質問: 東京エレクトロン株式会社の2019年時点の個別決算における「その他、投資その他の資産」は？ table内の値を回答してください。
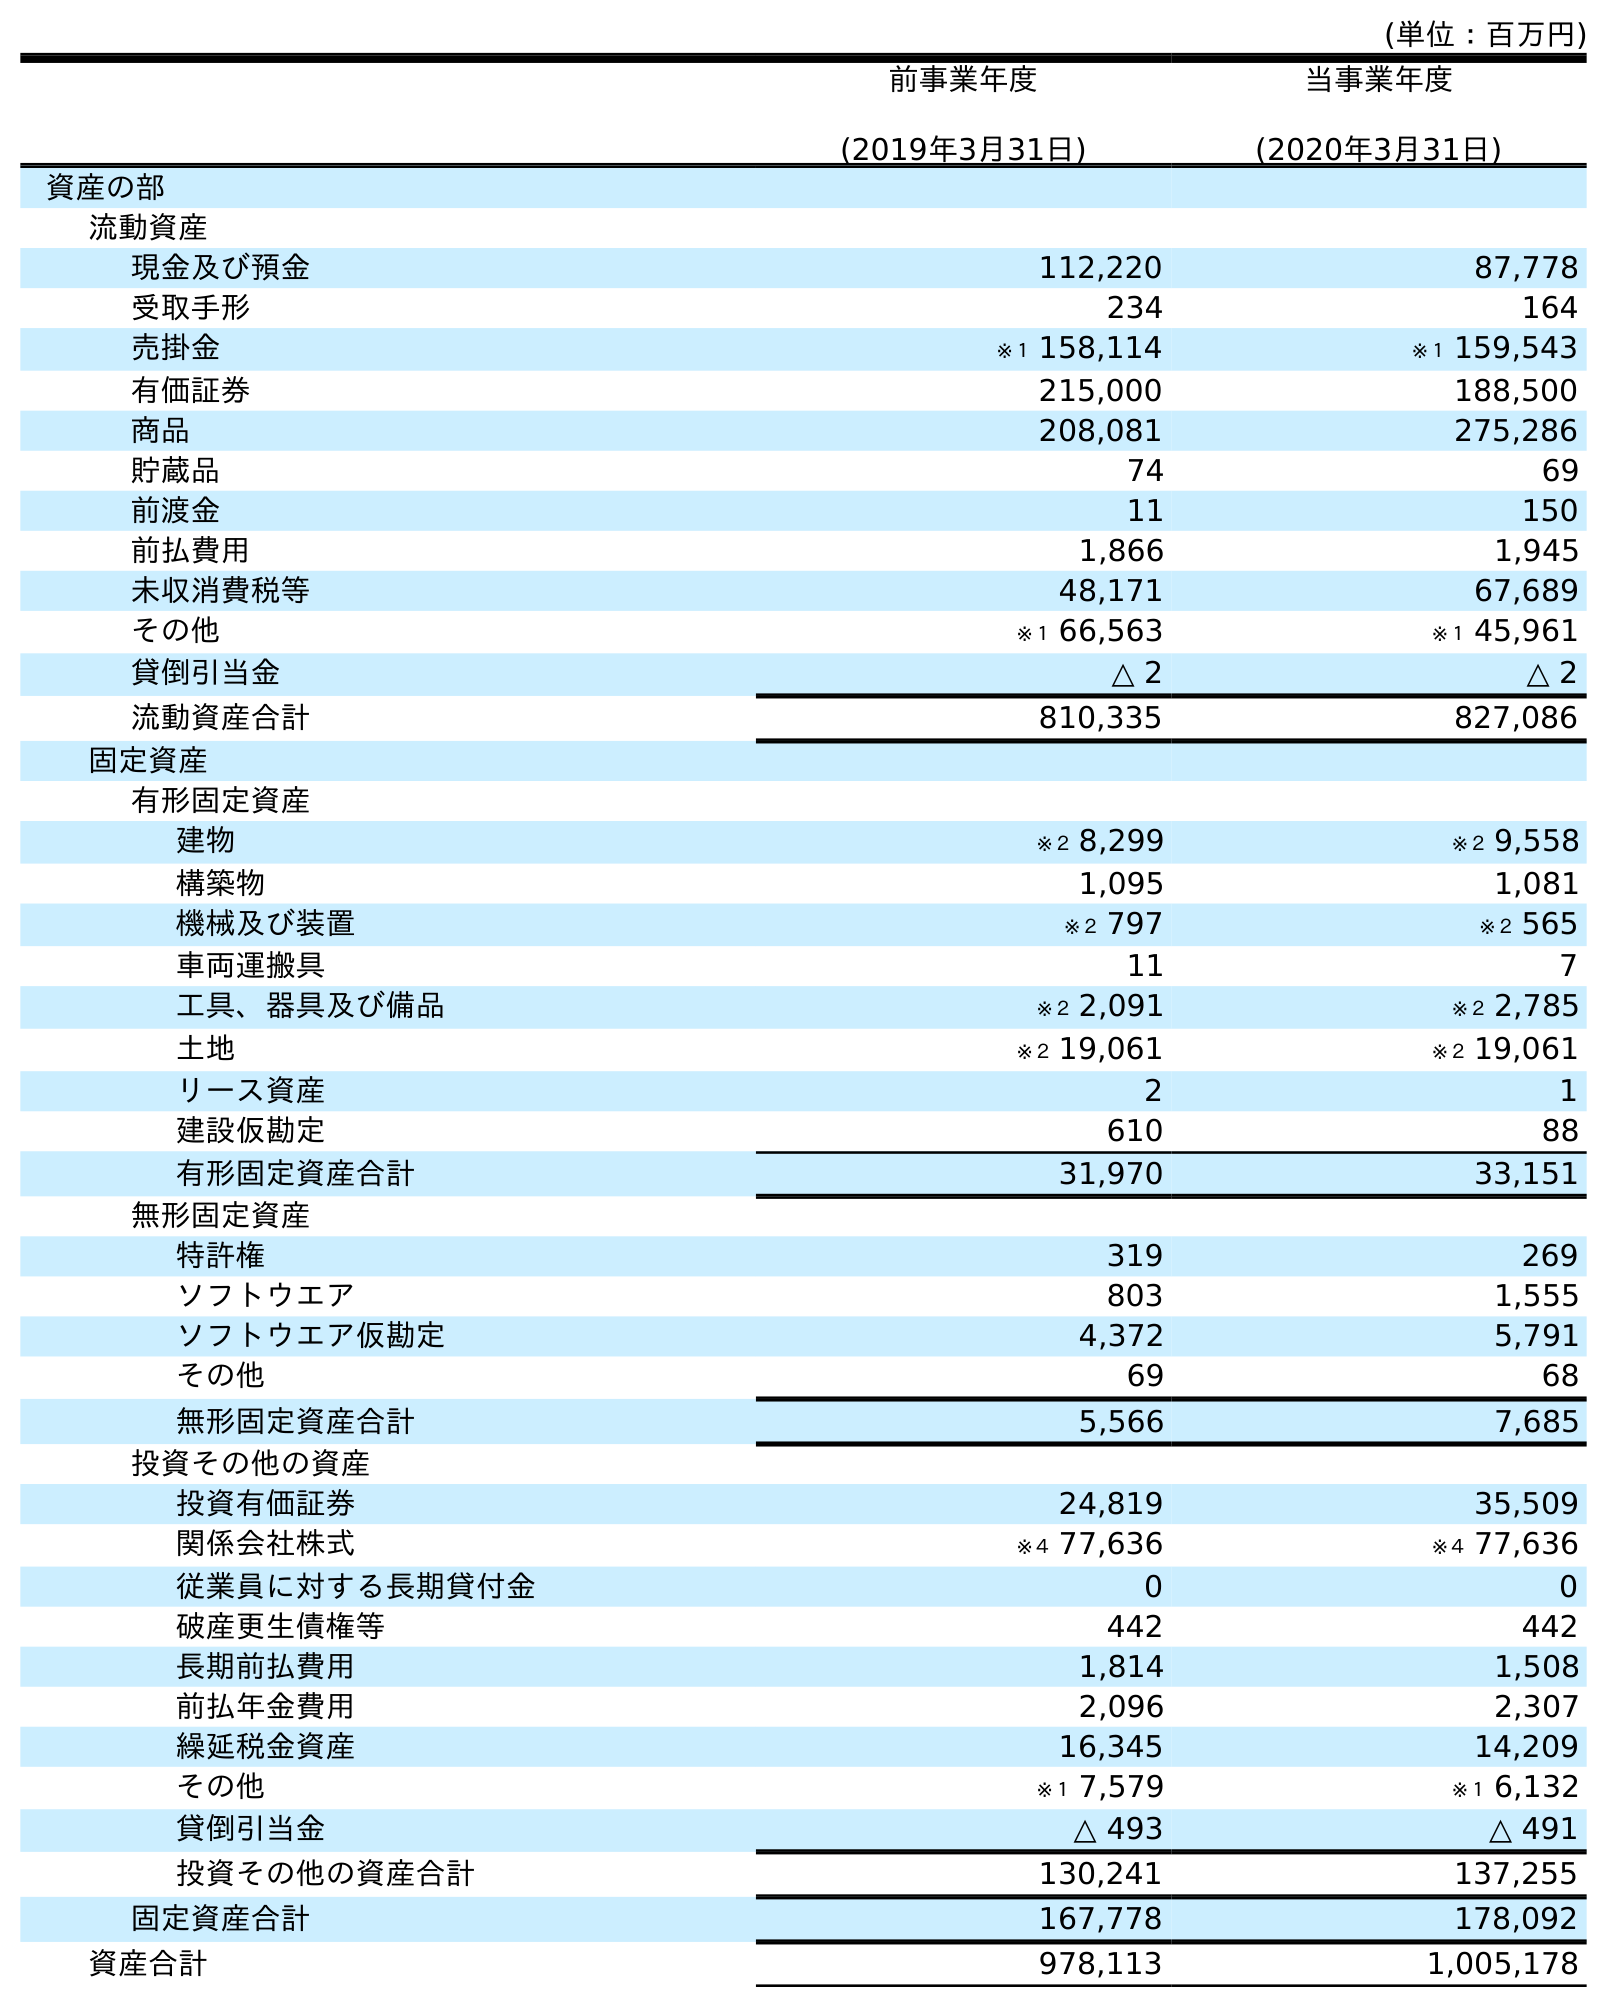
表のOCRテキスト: (単位：百万円) 前事業年度 (2019年3月31日) 当事業年度 (2020年3月31日) 資産の部 流動資産 現金及び預金 112,220 87,778 受取手形 234 164 売掛金 ※１ 158,114 ※１ 159,543 有価証券 215,000 188,500 商品 208,081 275,286 貯蔵品 74 69 前渡金 11 150 前払費用 1,866 1,945 未収消費税等 48,171 67,689 その他 ※１ 66,563 ※１ 45,961 貸倒引当金 △ 2 △ 2 流動資産合計 810,335 827,086 固定資産 有形固定資産 建物 ※２ 8,299 ※２ 9,558 構築物 1,095 1,081 機械及び装置 ※２ 797 ※２ 565 車両運搬具 11 7 工具、器具及び備品 ※２ 2,091 ※２ 2,785 土地 ※２ 19,061 ※２ 19,061 リース資産 2 1 建設仮勘定 610 88 有形固定資産合計 31,970 33,151 無形固定資産 特許権 319 269 ソフトウエア 803 1,555 ソフトウエア仮勘定 4,372 5,791 その他 69 68 無形固定資産合計 5,566 7,685 投資その他の資産 投資有価証券 24,819 35,509 関係会社株式 ※４ 77,636 ※４ 77,636 従業員に対する長期貸付金 0 0 破産更生債権等 442 442 長期前払費用 1,814 1,508 前払年金費用 2,096 2,307 繰延税金資産 16,345 14,209 その他 ※１ 7,579 ※１ 6,132 貸倒引当金 △ 493 △ 491 投資その他の資産合計 130,241 137,255 固定資産合計 167,778 178,092 資産合計 978,113 1,005,178
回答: ※１7,579